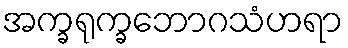
အက္ခရုက္ခဘောဂသံဟရာ